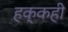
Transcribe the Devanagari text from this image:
हक्कही